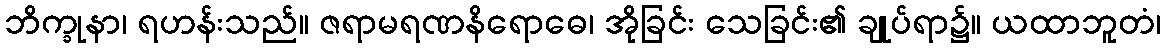
ဘိက္ခုနာ၊ ရဟန်းသည်။ ဇရာမရဏနိရောဓေ၊ အိုခြင်း သေခြင်း၏ ချုပ်ရာ၌။ ယထာဘူတံ၊